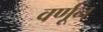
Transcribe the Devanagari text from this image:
वर्णून